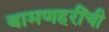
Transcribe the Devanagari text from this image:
बामणहरींची